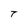
Character: T